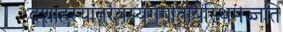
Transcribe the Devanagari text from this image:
दशाहस्यांतरेयस्यगंगातोयेस्थिमज्जति